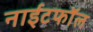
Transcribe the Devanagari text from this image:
नाईटफाॅल